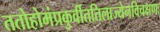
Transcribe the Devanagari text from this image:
ततोहोमंप्रकुर्वीततिलाज्येनविचक्षणः